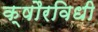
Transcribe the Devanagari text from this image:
क्षौरविधी